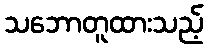
သဘောတူထားသည့်